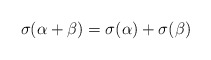
\begin{align*}\sigma(\alpha+\beta)=\sigma(\alpha)+\sigma(\beta)\end{align*}